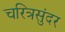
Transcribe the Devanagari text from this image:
चरित्रसुंदर